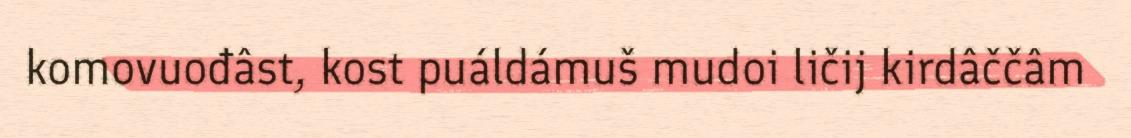
komovuođâst, kost puáldámuš mudoi ličij kirdâččâm